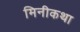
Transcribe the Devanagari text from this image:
मिनीकथा